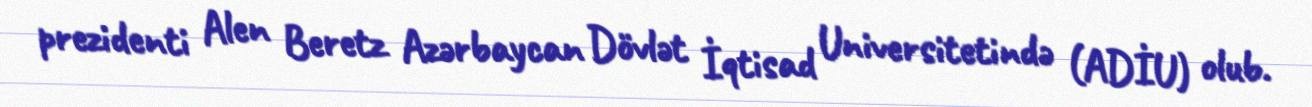
prezidenti Alen Beretz Azərbaycan Dövlət İqtisad Universitetində (ADİU) olub.